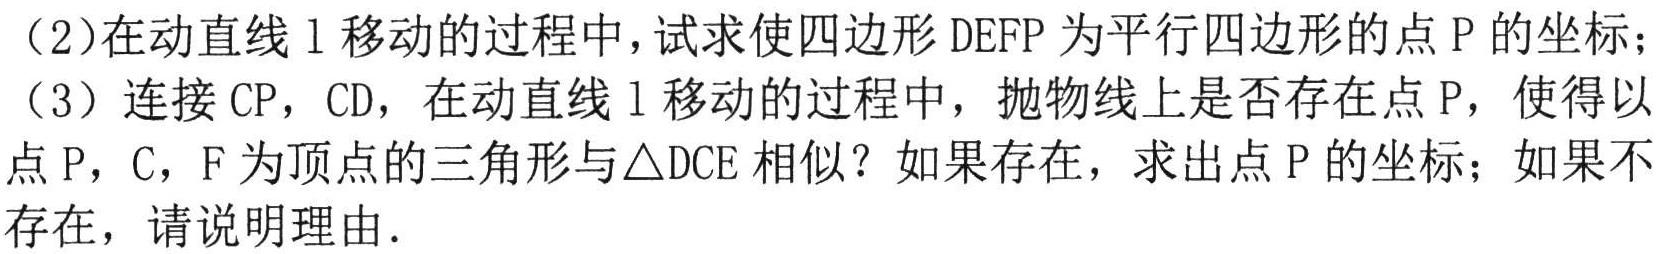
（2）在动直线\(l\)移动的过程中，试求使四边形\(DEFP\)为平行四边形的点\(P\)的坐标；
（3）连接\(CP\)，\(CD\)，在动直线\(l\)移动的过程中，抛物线上是否存在点\(P\)，使得以点\(P\)，\(C\)，\(F\)为顶点的三角形与\(\triangle DCE\)相似？如果存在，求出点\(P\)的坐标；如果不存在，请说明理由．